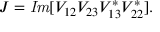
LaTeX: J = { \it I m } [ V _ { 1 2 } V _ { 2 3 } V _ { 1 3 } ^ { * } V _ { 2 2 } ^ { * } ] .